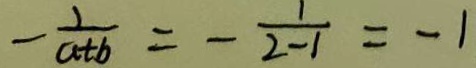
- \frac { 1 } { a + b } = - \frac { 1 } { 2 - 1 } = - 1